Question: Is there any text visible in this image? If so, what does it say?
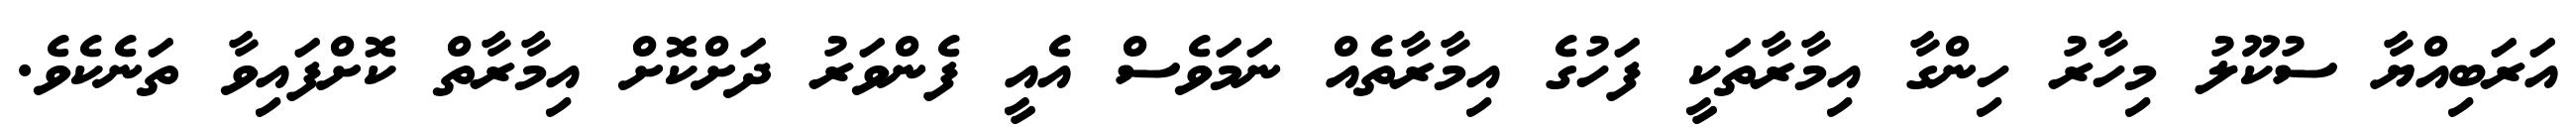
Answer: އަރަބިއްޔާ ސުކޫލު މިހާރު ހިންގާ އިމާރާތަކީ ފަހުގެ އިމާރާތެއް ނަމަވެސް އެއީ ފެންވަރު ދަށްކޮށް އިމާރާތް ކޮށްފައިވާ ތަނެކެވެ.